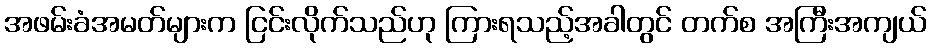
အဖမ်းခံအမတ်များက ငြင်းလိုက်သည်ဟု ကြားရသည့်အခါတွင် တက်စ အကြီးအကျယ်